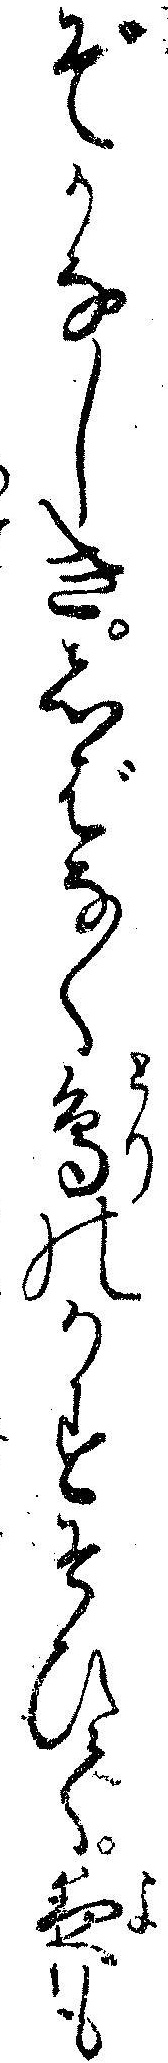
ぞかなしきしばなく鳥のかすそひて夜も